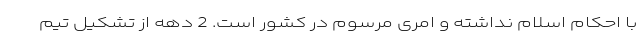
با احکام اسلام نداشته و امری مرسوم در کشور است. 2 دهه از تشکیل تیم